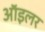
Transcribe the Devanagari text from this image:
ऑइलर